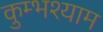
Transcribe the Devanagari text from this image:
कुम्भश्याम